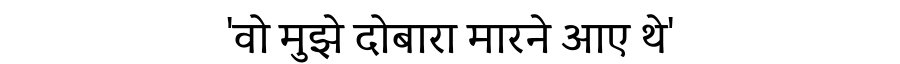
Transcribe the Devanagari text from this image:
'वो मुझे दोबारा मारने आए थे'